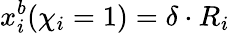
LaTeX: x_{i}^{b}({\chi}_{i}=1)=\delta\cdot R_{i}